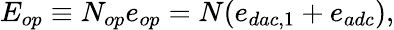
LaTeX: E_{op}\equiv N_{op}e_{op}=N(e_{dac,1}+e_{adc}),